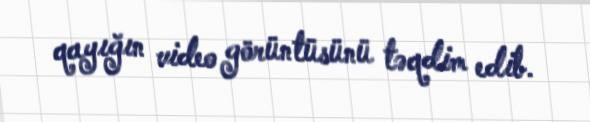
qayığın video görüntüsünü təqdim edib.